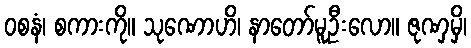
ဝစနံ၊ စကားကို။ သုဏောဟိ၊ နာတော်မူဦးလော။ ဇုဏှမှိ၊